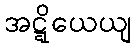
အဋ္ဋိယေယျ